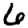
Digit: 6